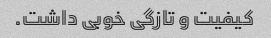
کیفیت و تازگی خوبی داشت.